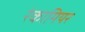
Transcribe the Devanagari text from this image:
रेकामियर